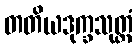
တတိယဒုက္ခသုတ္တံ